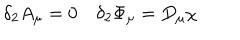
LaTeX: \delta _ { 2 } A _ { \mu } = 0 \quad \delta _ { 2 } \Phi _ { \mu } = D _ { \mu } \chi